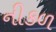
નીકળ